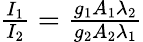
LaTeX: \begin{array}{r}{\frac{I_{1}}{I_{2}}=\frac{g_{1}A_{1}\lambda_{2}}{g_{2}A_{2}\lambda_{1}}}\end{array}